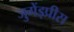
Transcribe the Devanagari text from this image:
जुगेंड्प्रीस